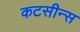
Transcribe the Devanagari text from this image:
कटसीन्स